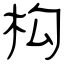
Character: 构